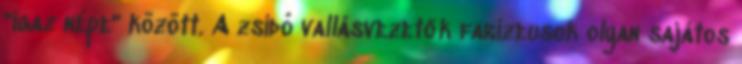
"igaz népe" között. A zsidó vallásvezetők farizeusok olyan sajátos